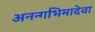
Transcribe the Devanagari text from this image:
अनन्गभिमादेवा